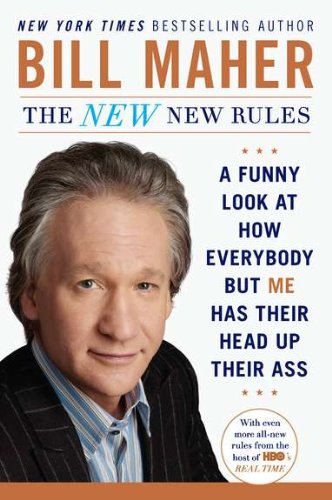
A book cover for The New New Rules: A Funny Look at How Everybody but Me Has Their Head Up Their Ass; Bill Maher; Humor & Entertainment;